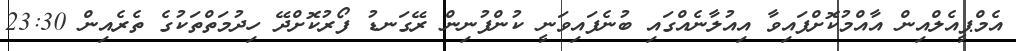
އެމްޕީއެލްއިން އާއްމުކޮށްފައިވާ އިއުލާނެއްގައި ބުނެފައިވަނީ ކުންފުނިން ރޭގަނޑު ފޯރުކޮށްދޭ ހިދުމަތްތަކުގެ ތެރެއިން 23:30